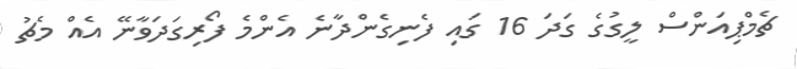
ޗެމްޕިއަންސް ލީގުގެ ގަދަ 16 ގައި ފެނިގެންދާނެ އެންމެ ފޯރިގަދަވާނޭ އެއް މެޗު